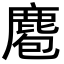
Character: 麅